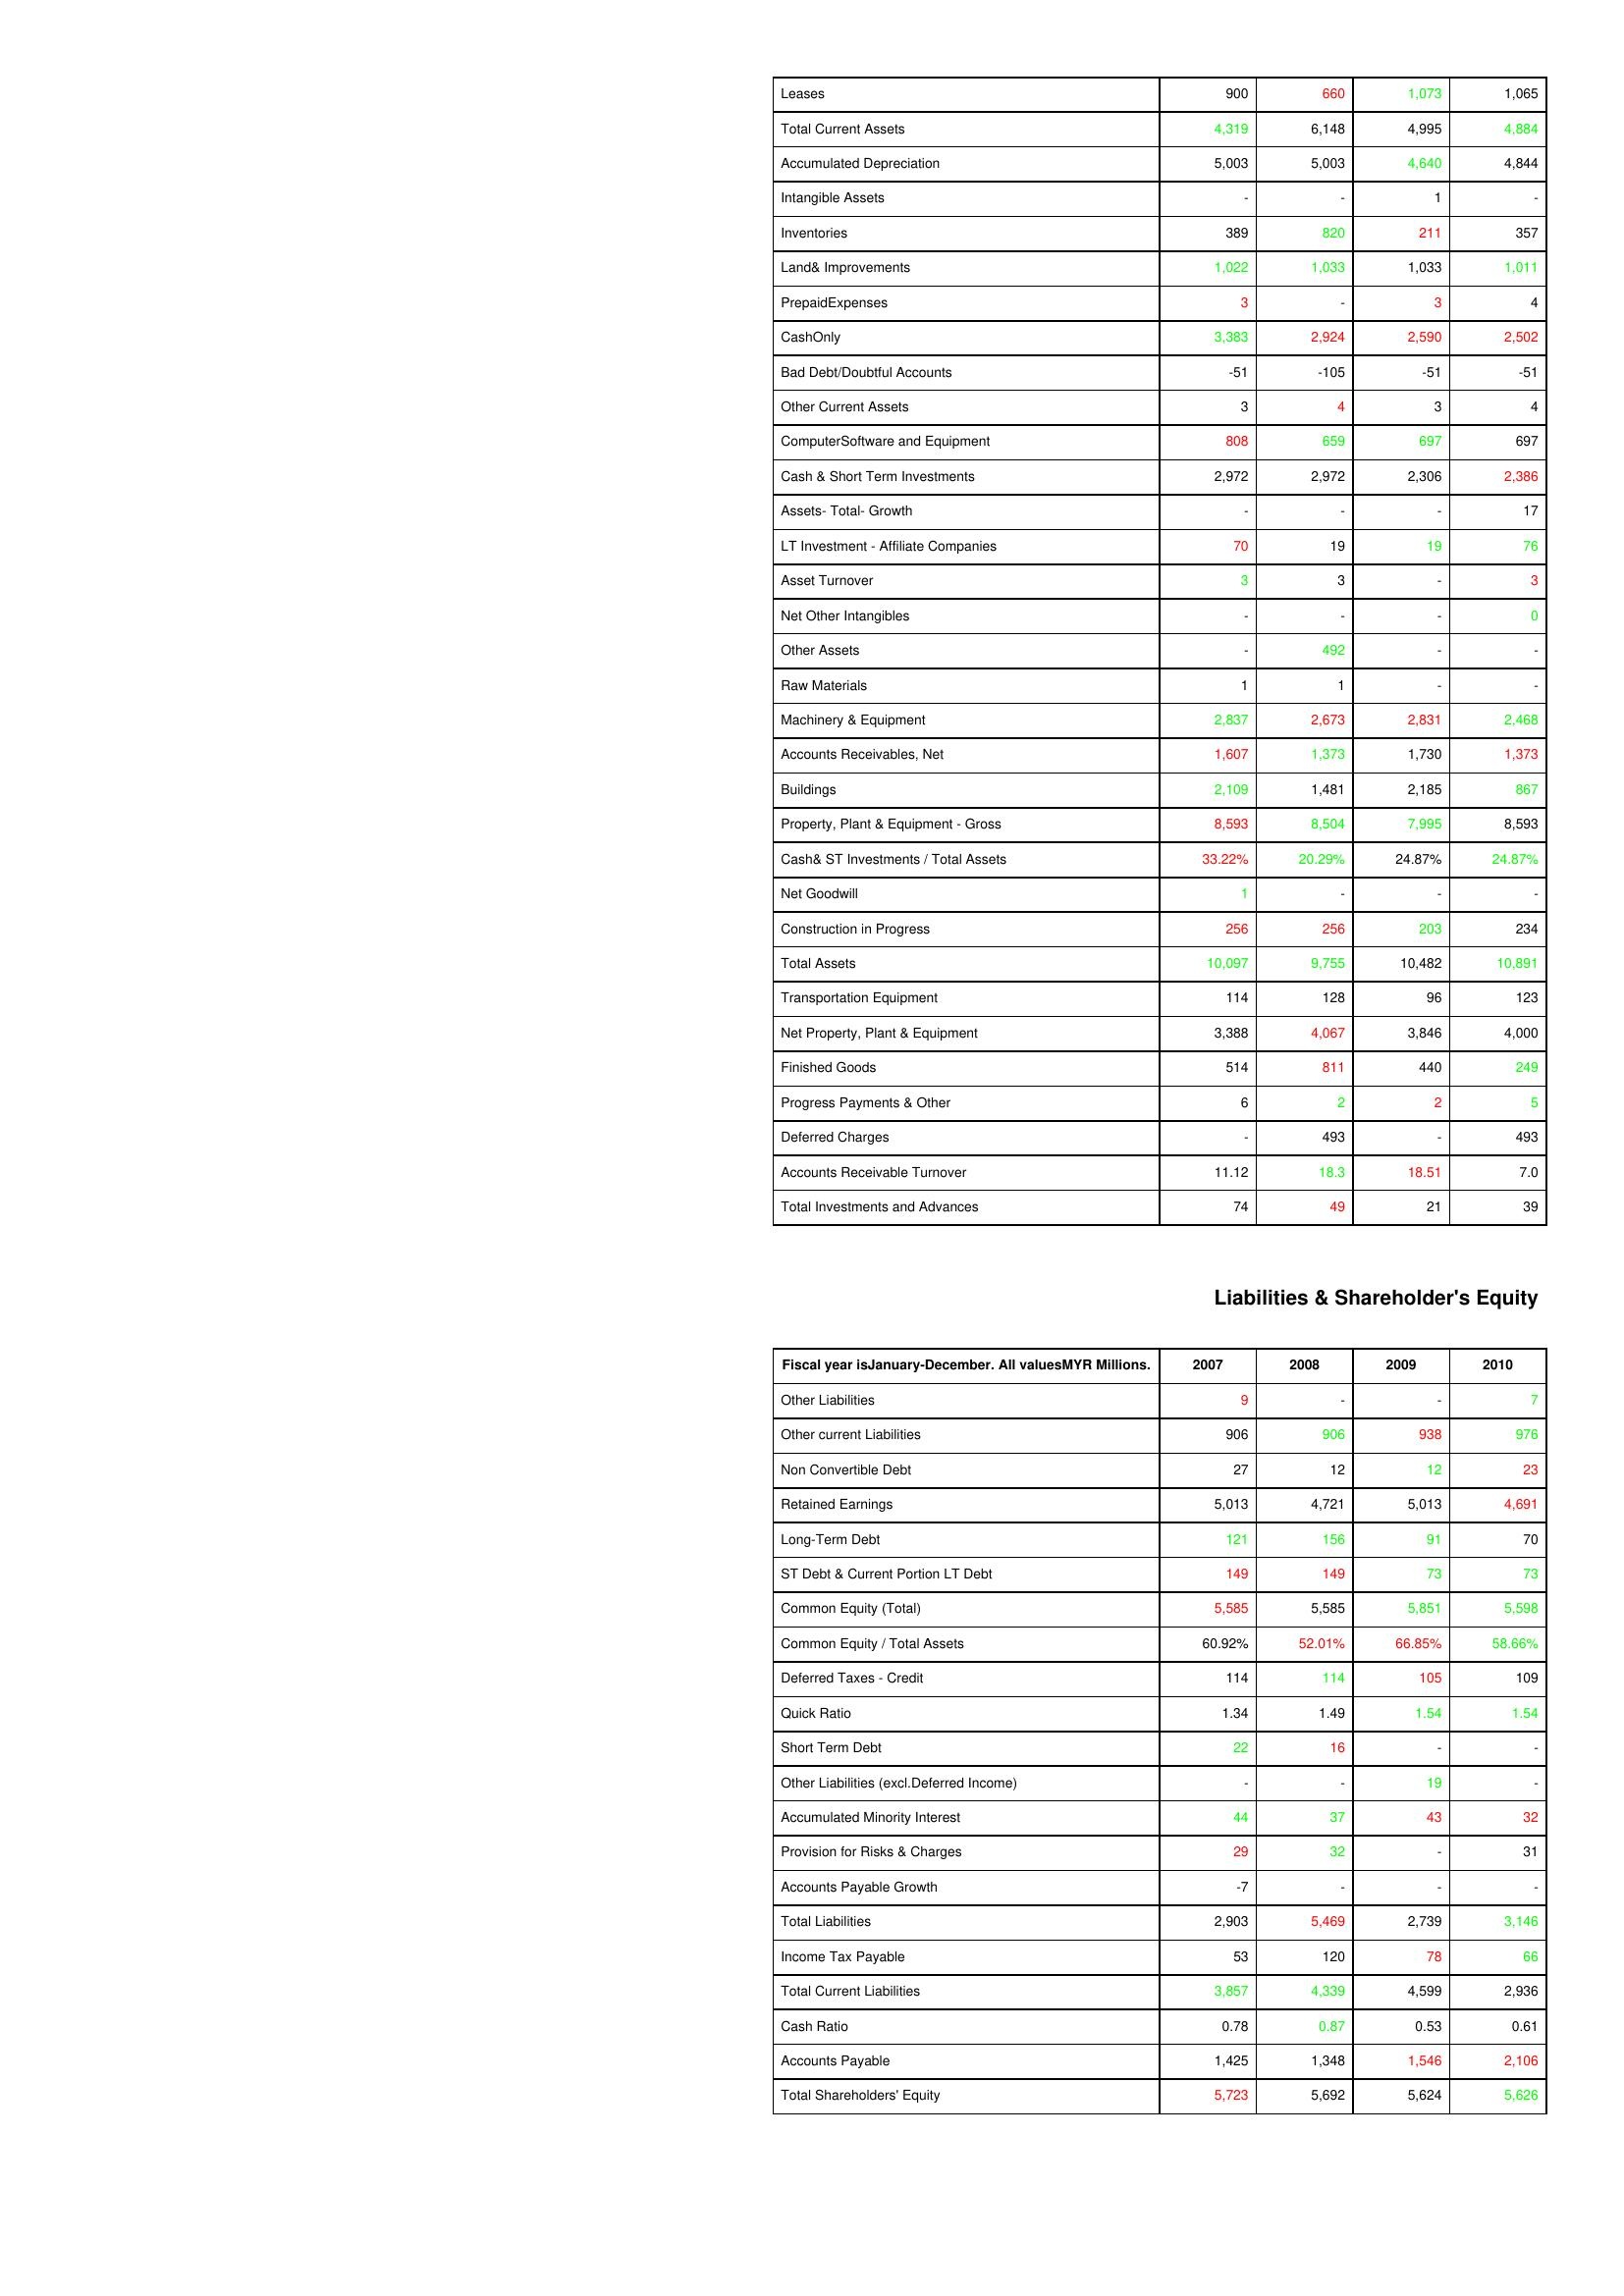
gt_parse: 2007: Assets: Leases: 900
Total Current Assets: 4,319
Accumulated Depreciation: 5,003
Intangible Assets: -
Inventories: 389
Land& Improvements: 1,022
PrepaidExpenses: 3
CashOnly: 3,383
Bad Debt/Doubtful Accounts: -51
Other Current Assets: 3
ComputerSoftware and Equipment: 808
Cash & Short Term Investments: 2,972
Assets- Total- Growth: -
LT Investment - Affiliate Companies: 70
Asset Turnover: 3
Net Other Intangibles: -
Other Assets: -
Raw Materials: 1
Machinery & Equipment: 2,837
Accounts Receivables, Net: 1,607
Buildings: 2,109
Property, Plant & Equipment - Gross : 8,593
Cash& ST Investments / Total Assets: 33.22%
Net Goodwill: 1
Construction in Progress: 256
Total Assets: 10,097
Transportation Equipment: 114
Net Property, Plant & Equipment: 3,388
Finished Goods: 514
Progress Payments & Other: 6
Deferred Charges: -
Accounts Receivable Turnover: 11.12
Total Investments and Advances: 74
Liabilities & Shareholder's Equity: Other Liabilities: 9
Other current Liabilities: 906
Non Convertible Debt: 27
Retained Earnings: 5,013
Long-Term Debt: 121
ST Debt & Current Portion LT Debt: 149
Common Equity (Total): 5,585
Common Equity / Total Assets: 60.92%
Deferred Taxes - Credit: 114
Quick Ratio: 1.34
Short Term Debt: 22
Other Liabilities (excl.Deferred Income): -
Accumulated Minority Interest: 44
Provision for Risks & Charges: 29
Accounts Payable Growth: -7
Total Liabilities: 2,903
Income Tax Payable: 53
Total Current Liabilities: 3,857
Cash Ratio: 0.78
Accounts Payable: 1,425
Total Shareholders' Equity: 5,723
2008: Assets: Leases: 660
Total Current Assets: 6,148
Accumulated Depreciation: 5,003
Intangible Assets: -
Inventories: 820
Land& Improvements: 1,033
PrepaidExpenses: -
CashOnly: 2,924
Bad Debt/Doubtful Accounts: -105
Other Current Assets: 4
ComputerSoftware and Equipment: 659
Cash & Short Term Investments: 2,972
Assets- Total- Growth: -
LT Investment - Affiliate Companies: 19
Asset Turnover: 3
Net Other Intangibles: -
Other Assets: 492
Raw Materials: 1
Machinery & Equipment: 2,673
Accounts Receivables, Net: 1,373
Buildings: 1,481
Property, Plant & Equipment - Gross : 8,504
Cash& ST Investments / Total Assets: 20.29%
Net Goodwill: -
Construction in Progress: 256
Total Assets: 9,755
Transportation Equipment: 128
Net Property, Plant & Equipment: 4,067
Finished Goods: 811
Progress Payments & Other: 2
Deferred Charges: 493
Accounts Receivable Turnover: 18.3
Total Investments and Advances: 49
Liabilities & Shareholder's Equity: Other Liabilities: -
Other current Liabilities: 906
Non Convertible Debt: 12
Retained Earnings: 4,721
Long-Term Debt: 156
ST Debt & Current Portion LT Debt: 149
Common Equity (Total): 5,585
Common Equity / Total Assets: 52.01%
Deferred Taxes - Credit: 114
Quick Ratio: 1.49
Short Term Debt: 16
Other Liabilities (excl.Deferred Income): -
Accumulated Minority Interest: 37
Provision for Risks & Charges: 32
Accounts Payable Growth: -
Total Liabilities: 5,469
Income Tax Payable: 120
Total Current Liabilities: 4,339
Cash Ratio: 0.87
Accounts Payable: 1,348
Total Shareholders' Equity: 5,692
2009: Assets: Leases: 1,073
Total Current Assets: 4,995
Accumulated Depreciation: 4,640
Intangible Assets: 1
Inventories: 211
Land& Improvements: 1,033
PrepaidExpenses: 3
CashOnly: 2,590
Bad Debt/Doubtful Accounts: -51
Other Current Assets: 3
ComputerSoftware and Equipment: 697
Cash & Short Term Investments: 2,306
Assets- Total- Growth: -
LT Investment - Affiliate Companies: 19
Asset Turnover: -
Net Other Intangibles: -
Other Assets: -
Raw Materials: -
Machinery & Equipment: 2,831
Accounts Receivables, Net: 1,730
Buildings: 2,185
Property, Plant & Equipment - Gross : 7,995
Cash& ST Investments / Total Assets: 24.87%
Net Goodwill: -
Construction in Progress: 203
Total Assets: 10,482
Transportation Equipment: 96
Net Property, Plant & Equipment: 3,846
Finished Goods: 440
Progress Payments & Other: 2
Deferred Charges: -
Accounts Receivable Turnover: 18.51
Total Investments and Advances: 21
Liabilities & Shareholder's Equity: Other Liabilities: -
Other current Liabilities: 938
Non Convertible Debt: 12
Retained Earnings: 5,013
Long-Term Debt: 91
ST Debt & Current Portion LT Debt: 73
Common Equity (Total): 5,851
Common Equity / Total Assets: 66.85%
Deferred Taxes - Credit: 105
Quick Ratio: 1.54
Short Term Debt: -
Other Liabilities (excl.Deferred Income): 19
Accumulated Minority Interest: 43
Provision for Risks & Charges: -
Accounts Payable Growth: -
Total Liabilities: 2,739
Income Tax Payable: 78
Total Current Liabilities: 4,599
Cash Ratio: 0.53
Accounts Payable: 1,546
Total Shareholders' Equity: 5,624
2010: Assets: Leases: 1,065
Total Current Assets: 4,884
Accumulated Depreciation: 4,844
Intangible Assets: -
Inventories: 357
Land& Improvements: 1,011
PrepaidExpenses: 4
CashOnly: 2,502
Bad Debt/Doubtful Accounts: -51
Other Current Assets: 4
ComputerSoftware and Equipment: 697
Cash & Short Term Investments: 2,386
Assets- Total- Growth: 17
LT Investment - Affiliate Companies: 76
Asset Turnover: 3
Net Other Intangibles: 0
Other Assets: -
Raw Materials: -
Machinery & Equipment: 2,468
Accounts Receivables, Net: 1,373
Buildings: 867
Property, Plant & Equipment - Gross : 8,593
Cash& ST Investments / Total Assets: 24.87%
Net Goodwill: -
Construction in Progress: 234
Total Assets: 10,891
Transportation Equipment: 123
Net Property, Plant & Equipment: 4,000
Finished Goods: 249
Progress Payments & Other: 5
Deferred Charges: 493
Accounts Receivable Turnover: 7.0
Total Investments and Advances: 39
Liabilities & Shareholder's Equity: Other Liabilities: 7
Other current Liabilities: 976
Non Convertible Debt: 23
Retained Earnings: 4,691
Long-Term Debt: 70
ST Debt & Current Portion LT Debt: 73
Common Equity (Total): 5,598
Common Equity / Total Assets: 58.66%
Deferred Taxes - Credit: 109
Quick Ratio: 1.54
Short Term Debt: -
Other Liabilities (excl.Deferred Income): -
Accumulated Minority Interest: 32
Provision for Risks & Charges: 31
Accounts Payable Growth: -
Total Liabilities: 3,146
Income Tax Payable: 66
Total Current Liabilities: 2,936
Cash Ratio: 0.61
Accounts Payable: 2,106
Total Shareholders' Equity: 5,626